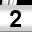
Digit: 2